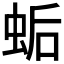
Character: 𧊛